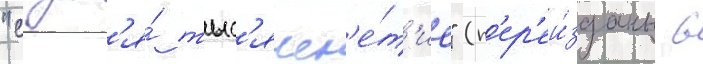
"спуст'я́ тыс'ячел'е́т'ие" (п'ер'еи́зданы в